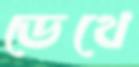
ডেথে